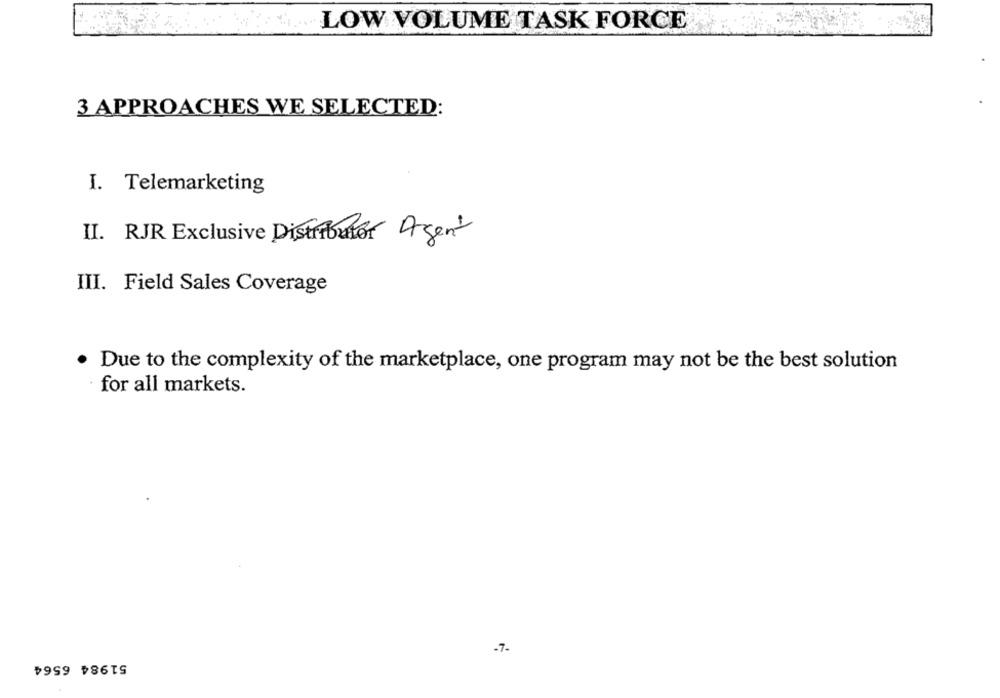
LOW VOLUME TASK FORCE
3 APPROACHES WE SELECTED:
I. Telemarketing
II. RJR Exclusive Distributor Agent
III. Field Sales Coverage
. Due to the complexity of the marketplace, one program may not be the best solution
for all markets.
-7-
51984 6564